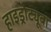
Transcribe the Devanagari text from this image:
हाइड्रोट्यूबा